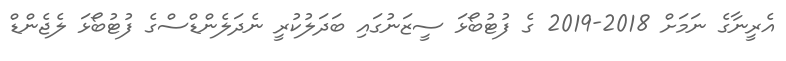
އެރީނާގެ ނަމަށް 2018-2019 ގެ ފުޓުބޯޅަ ސީޒަނުގައި ބަދަލުކުރީ ނެދަލެންޑްސްގެ ފުޓުބޯޅަ ލެޖެންޑް